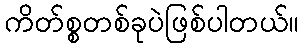
ကိတ်စ္စတစ်ခုပဲဖြစ်ပါတယ်။